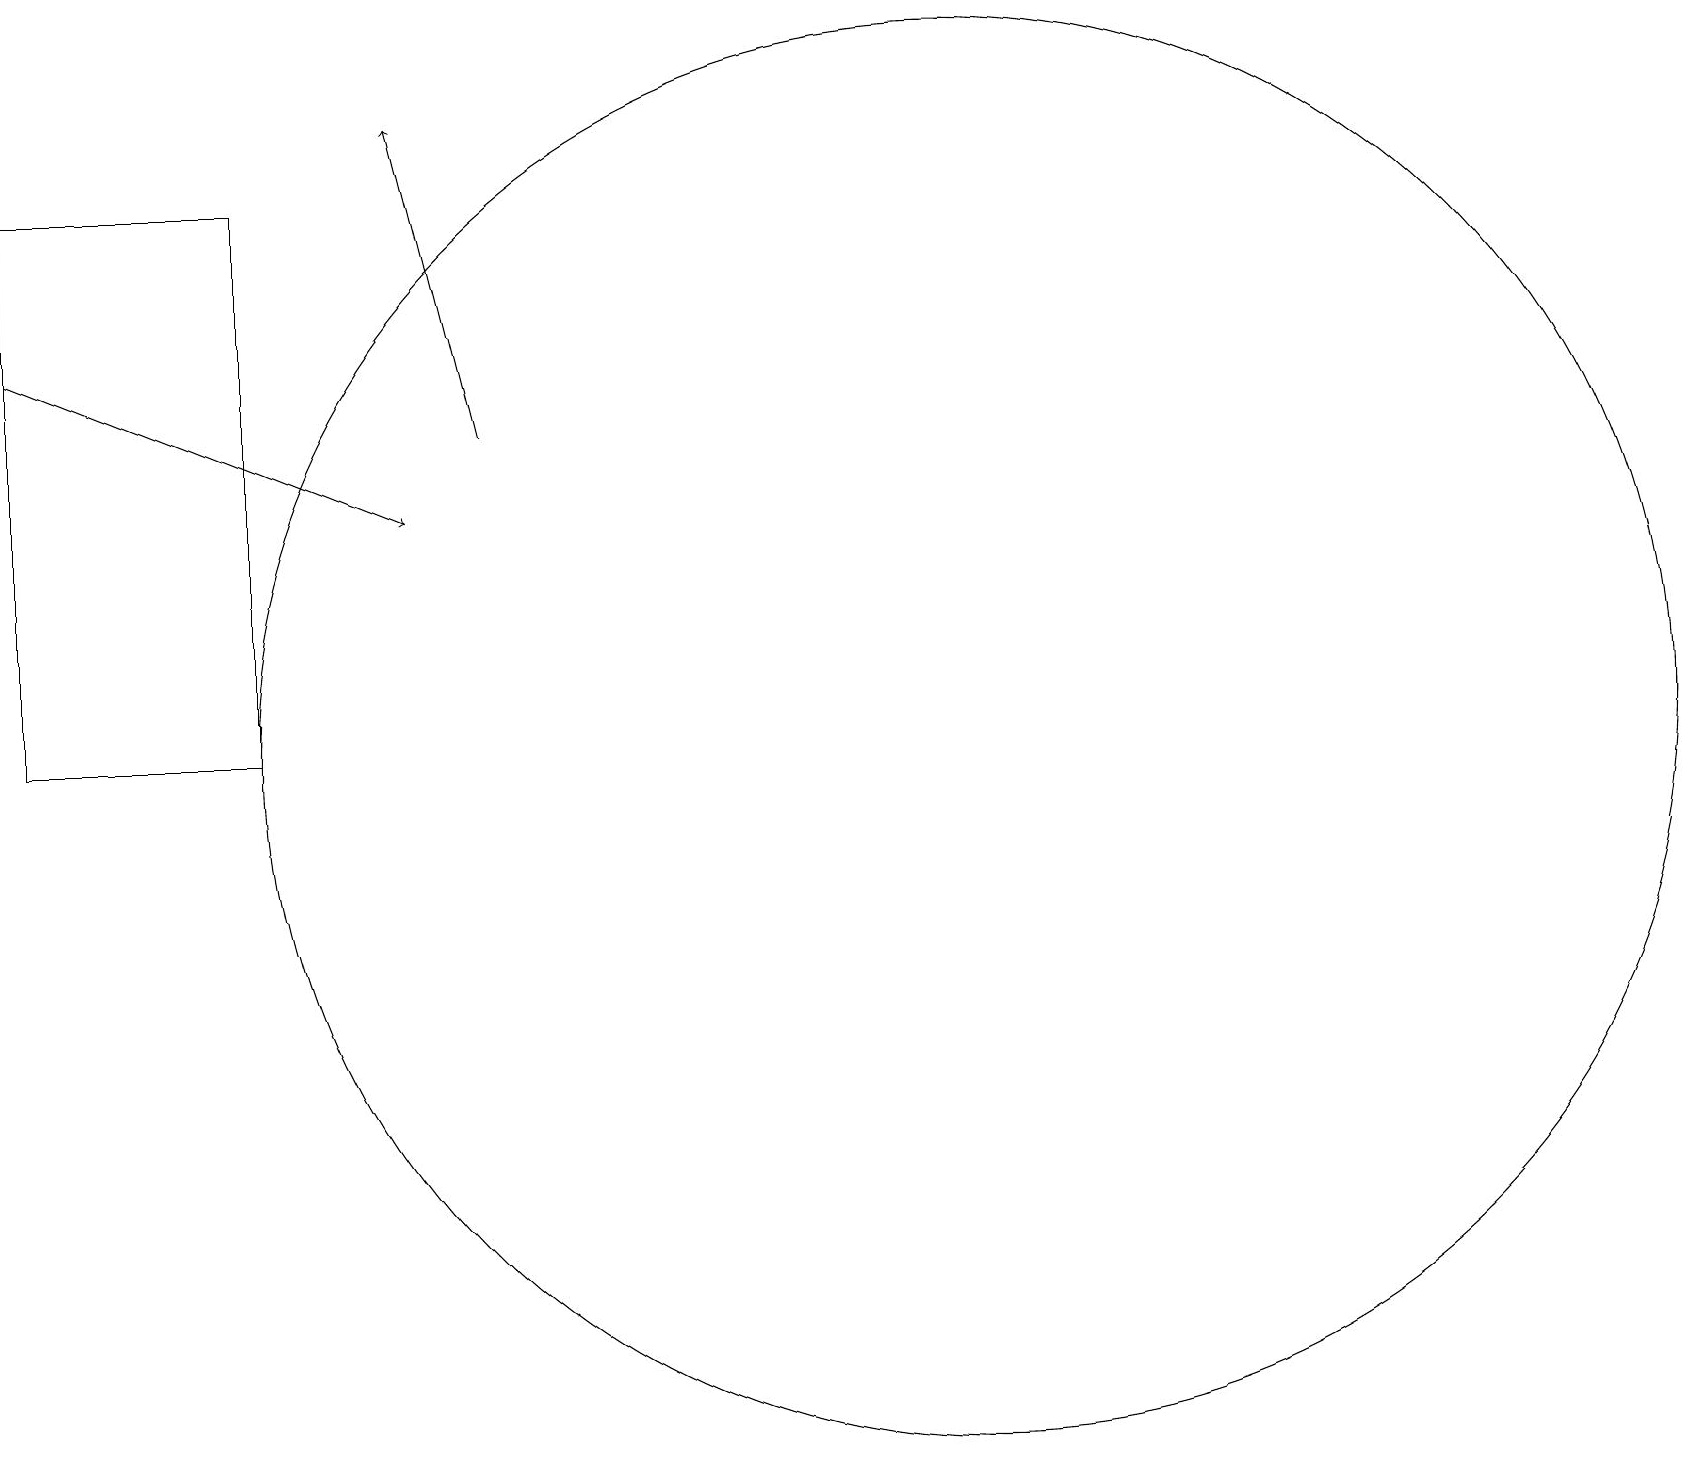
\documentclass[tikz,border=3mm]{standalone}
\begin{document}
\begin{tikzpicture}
\draw[->] (0,15) -- (5,13);
\draw[->] (6,14) -- (5,18);
\draw (12,10) circle (9);
\draw (0,17) rectangle (3,10);
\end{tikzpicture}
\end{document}